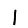
Digit: 1